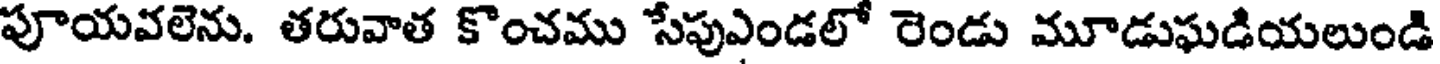
పూయవలెను. తరువాత కొంచము సేపుఎండలో రెండు మూడుఘడియలుండి